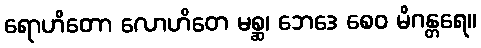
ရောဟိတော လောဟိတေ မစ္ဆ၊ ဘေဒေ စေဝ မိဂန္တရေ။